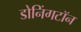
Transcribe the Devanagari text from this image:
डोनिंगटॉन